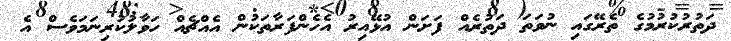
ދަތުރުކުރުމުގެ ތެރޭގައި ނުވަތަ ދަތުރެއް ފަށަން އުޅޭއިރު އެހެންފަރާތަކުން އެއްޗެއް ހަވާލުކުރިނަމަވެސް އެ